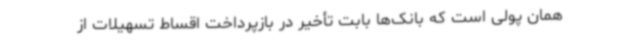
همان پولی است که بانک‌ها بابت تأخیر در بازپرداخت اقساط تسهیلات از